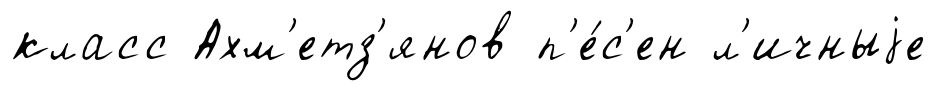
класс Ахм'етз'янов п'е́с'ен л'ичныjе